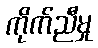
ကိုက်ညီမှု